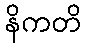
နိကတိ